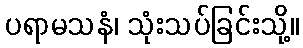
ပရာမသနံ၊ သုံးသပ်ခြင်းသို့။